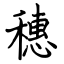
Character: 穗